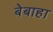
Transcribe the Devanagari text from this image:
बेबाहा